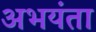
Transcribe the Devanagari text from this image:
अभयंता